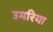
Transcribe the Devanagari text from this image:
उमरिया